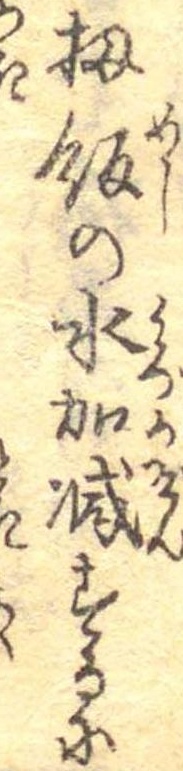
扨飯の水加減するに